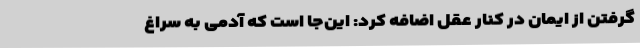
گرفتن از ایمان در کنار عقل اضافه کرد: این‌جا است که آدمی به سراغ